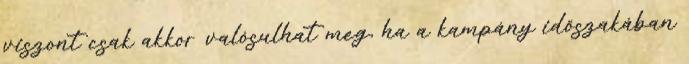
viszont csak akkor valósulhat meg, ha a kampány időszakában